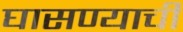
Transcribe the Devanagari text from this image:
घासण्याची